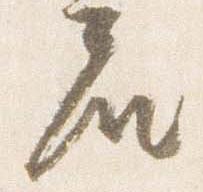
座